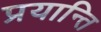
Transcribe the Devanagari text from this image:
प्रयान्ति